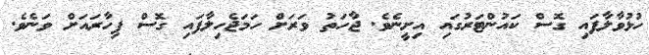
ހުޅުވާލާފައި ގޮސް ކައުންޓަރުގައި އިށީނެވެ. ޖާހަތު ވަރަށް ހަމަޖެހިލާފައި ގޮސް ފިހާރައަށް ވަނެވެ.